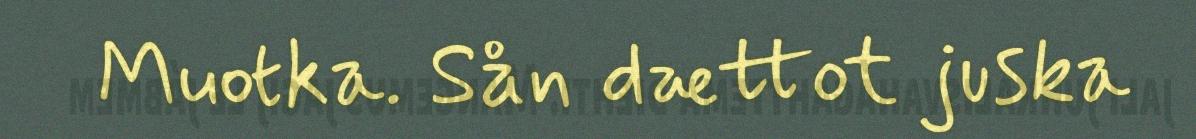
Muotka. Sån dættot juska